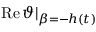
\operatorname { R e } \vartheta \vert _ { \beta = - h ( t ) }